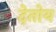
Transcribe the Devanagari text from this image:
देतोय